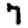
Digit: 7